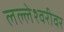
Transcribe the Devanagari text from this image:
लल्लेश्वरीवर